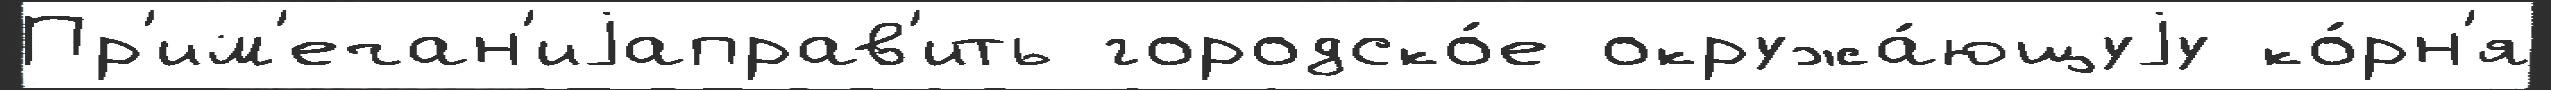
Пр'им'ечан'иjаправ'ить городско́е окружа́ющуjу ко́рн'я